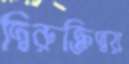
দ্বিরুক্তিদ্বয়